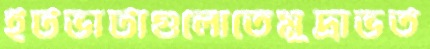
ইটভাটাগুলোতেমুদ্রাভর্ত